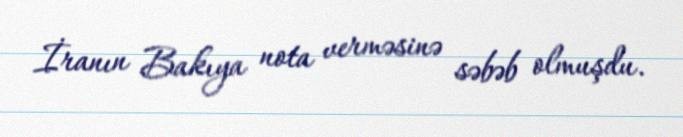
İranın Bakıya nota verməsinə səbəb olmuşdu.